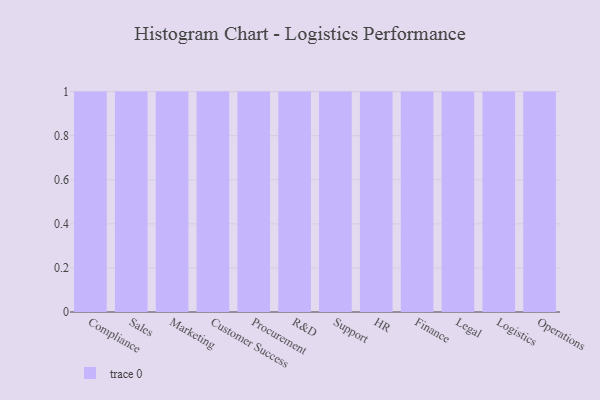
{"axis": {"x": "Department", "y": "Gross Profit (USD K)"}, "legend": [""], "data": [{"x": "Compliance", "y": 16, "type": ""}, {"x": "Sales", "y": 73, "type": ""}, {"x": "Marketing", "y": 32, "type": ""}, {"x": "Customer Success", "y": 71, "type": ""}, {"x": "Procurement", "y": 88, "type": ""}, {"x": "R&D", "y": 33, "type": ""}, {"x": "Support", "y": 91, "type": ""}, {"x": "HR", "y": 56, "type": ""}, {"x": "Finance", "y": 32, "type": ""}, {"x": "Legal", "y": 40, "type": ""}, {"x": "Logistics", "y": 86, "type": ""}, {"x": "Operations", "y": 89, "type": ""}]}